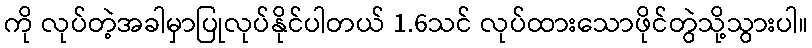
ကို လုပ်တဲ့အခါမှာပြုလုပ်နိုင်ပါတယ် 1.6သင် လုပ်ထားသောဖိုင်တွဲသို့သွားပါ။